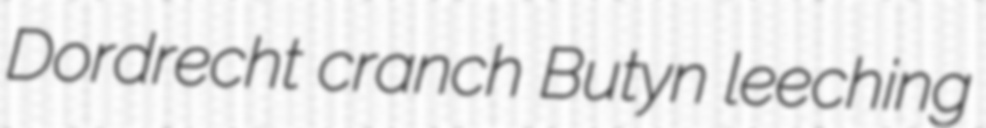
Dordrecht cranch Butyn leeching